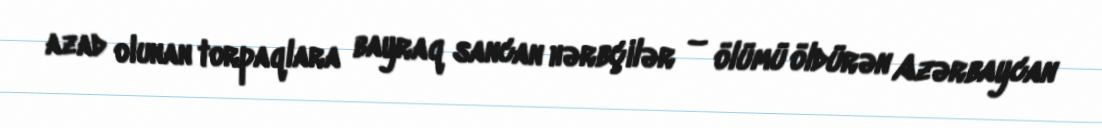
azad olunan torpaqlara bayraq sancan hərbçilər – ölümü öldürən Azərbaycan